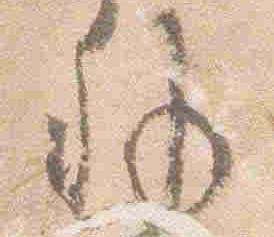
外